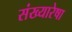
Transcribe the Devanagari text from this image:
संख्यारेषा